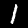
Digit: 1